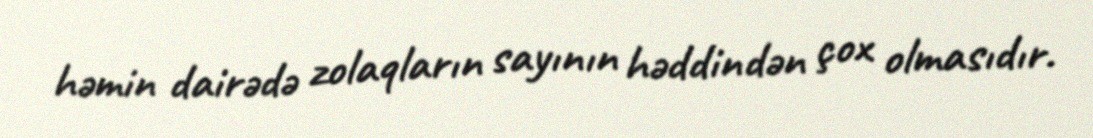
həmin dairədə zolaqların sayının həddindən çox olmasıdır.